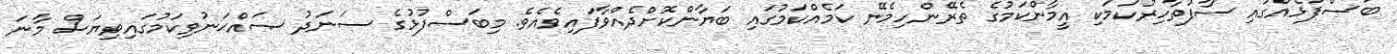
ބަސްފުޅެއްގައި ސާފުތާހިރުކަމަކި އީމާންކަމުގެ ތެރޭންހިމެނޭ ކަމެއްކަމުގައި ބަޔާންކޮށްދެއްވާފައިވެއެވެ. މިބަސްފުޅުގެ ސަނަދު ޞައްޙަނުވިކަމުގައިވިޔަސް މާނަ